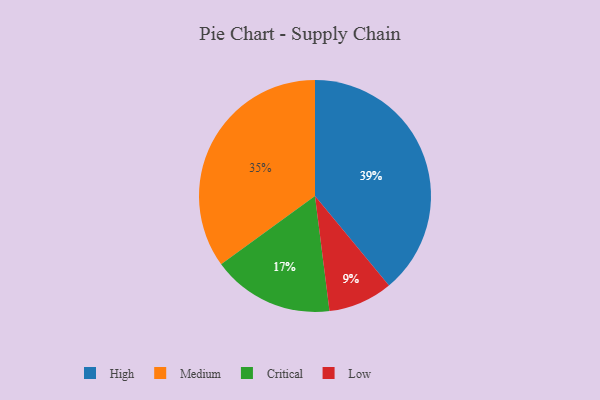
{"axis": {"x": "Category", "y": "Percentage"}, "legend": ["Critical", "High", "Low", "Medium"], "data": [{"x": "Low", "y": 9, "type": "Low"}, {"x": "Medium", "y": 35, "type": "Medium"}, {"x": "Critical", "y": 17, "type": "Critical"}, {"x": "High", "y": 39, "type": "High"}]}